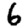
Digit: 6